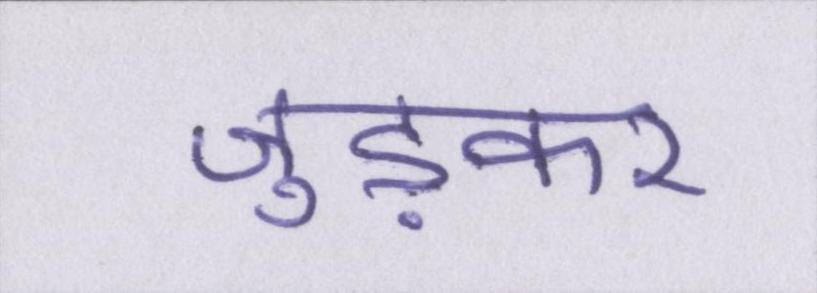
जुड़कर